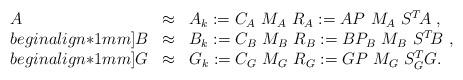
LaTeX: \begin{align*}\begin{array}{lll} A &\approx& A_k:= C_A\ M_A\ R_A := AP\ M_A\ S^T\!A ~ ,\\begin{align*}1mm] B &\approx& B_k:= C_B\ M_B\ R_B := BP_B\ M_B\ S^T\!B ~ ,\\begin{align*}1mm] G &\approx &G_k:= C_G\ M_G \ R_G := GP \ M_G \ S_G^TG.\end{array}\end{align*}